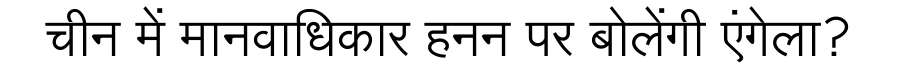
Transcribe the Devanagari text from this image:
चीन में मानवाधिकार हनन पर बोलेंगी एंगेला?